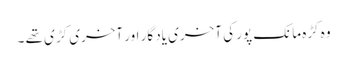
وہ کڑہ مانک پور کی آخری یاد گار اور آخری کڑی تھے ۔